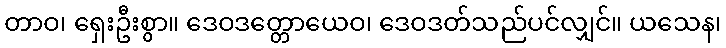
တာဝ၊ ရှေးဦးစွာ။ ဒေဝဒတ္တောယေဝ၊ ဒေဝဒတ်သည်ပင်လျှင်။ ယသေန၊